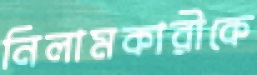
নিলামকারীকে